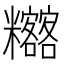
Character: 𥽴